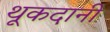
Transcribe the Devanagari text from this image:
थूकदानी